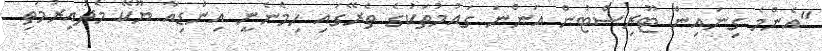
"އެންމެ ގިނައިން ޓޫރިސްޓުން އަންނަ ގައުމުތަކުގެ ތެރޭގައި ހިމެނެނީ އިންޑިއާ ޔޫކޭ މެދުއިރުމަތި